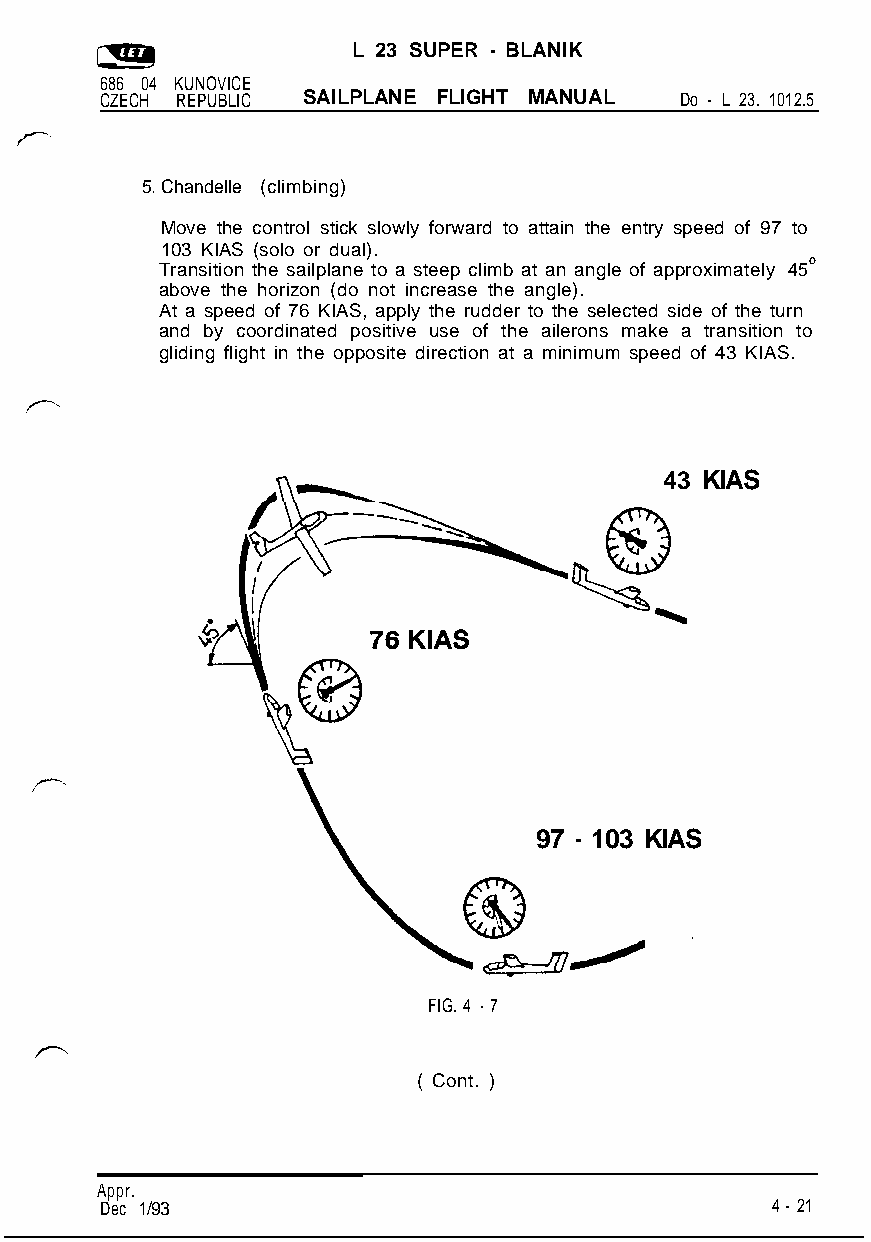
L 23 SUPER - BLANIK
 686 04 KUNOVICE
 CZECH REPUBLIC SAILPLANE FLIGHT MANUAL Do - L 23. 1012.5
 5. Chandelle (climbing)
 Move the control stick slowly forward to attain the entry speed of 97 to
 103 KIAS (solo or dual).
 o
 Transition the sailplane to a steep climb at an angle of approximately 45
 above the horizon (do not increase the angle).
 At a speed of 76 KIAS, apply the rudder to the selected side of the turn
 and by coordinated positive use of the ailerons make a transition to
 gliding flight in the opposite direction at a minimum speed of 43 KIAS.
 43 KIAS
 97 - 103 KIAS
 FIG. 4 - 7
 ( Cont. )
 Appr.
 Dec 1/93                                    4 - 21